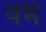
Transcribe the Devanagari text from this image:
वर्मे